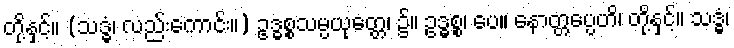
တို့နှင့်။ (သဒ္ဓံ၊ လည်းကောင်း။) ဥဒ္ဓစ္စသမ္ပယုတ္တေ၊ ၌။ ဥဒ္ဓစ္စ၊ ပေ။ နောတ္တပ္ပေဟိ၊ တို့နှင့်။ သဒ္ဓံ၊